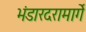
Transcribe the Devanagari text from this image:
भंडारदरामार्गे